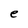
Character: e